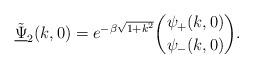
LaTeX: \begin{align*}\underline{\tilde{\Psi}}_{2}(k, 0) = e^{-\beta\sqrt{1+k^{2}}} \binom{\psi_{+}(k, 0)}{\psi_{-}(k,0)}. \end{align*}